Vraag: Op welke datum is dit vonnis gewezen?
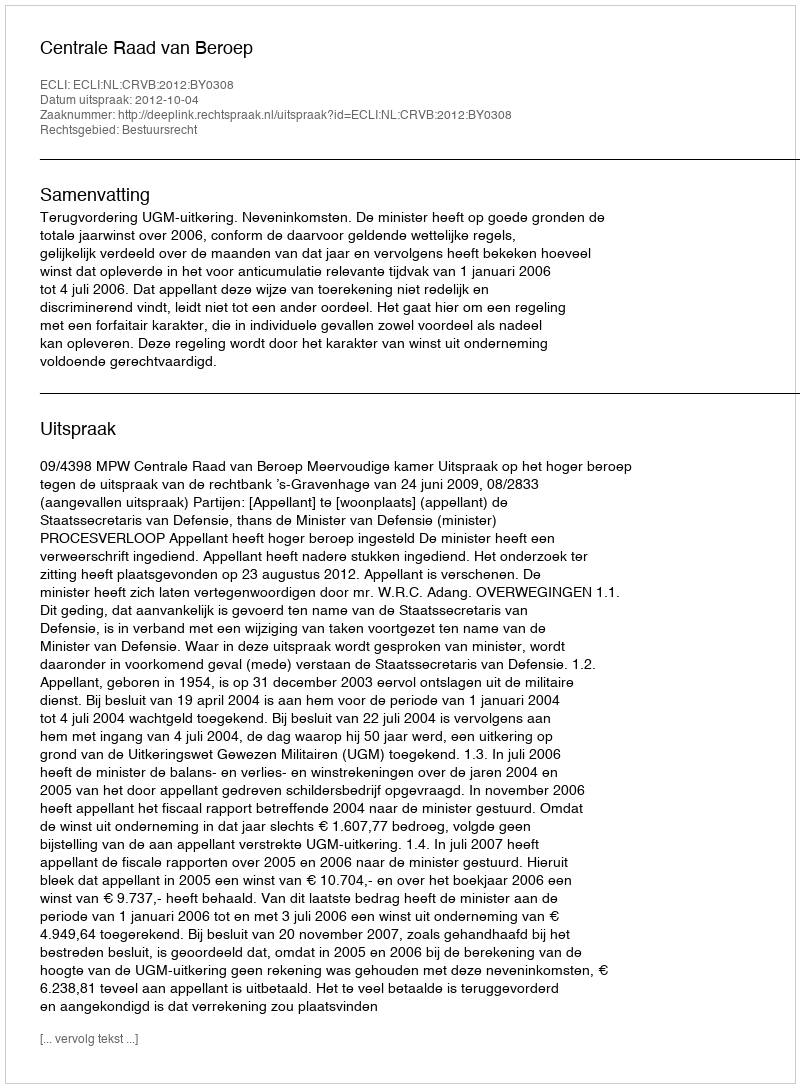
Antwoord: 2012-10-04